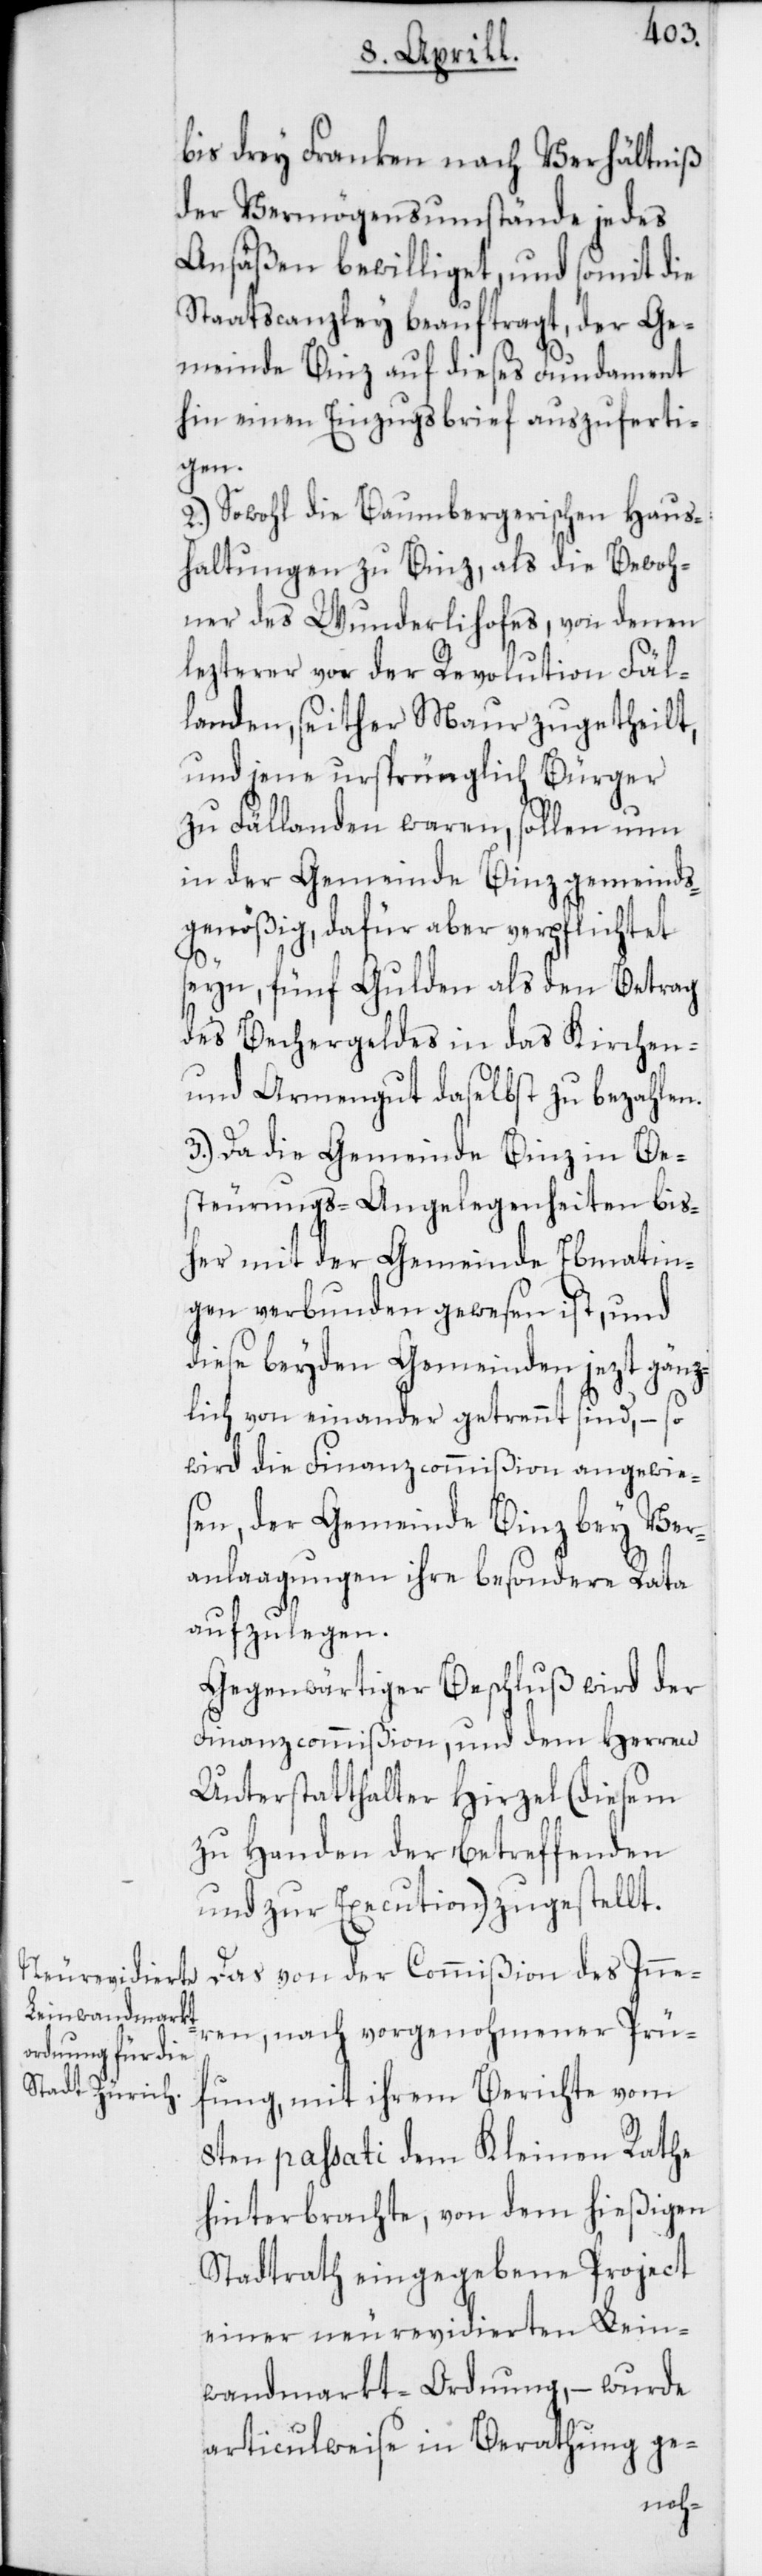
bis drey Franken nach Verhältniß
der Vermögensumstände jedes
Ansässen bewilliget, und somit die
Staastscanzley beauftragt, der Ge¬
meinde Binz auf dieses Fundament
hin einen Einzugsbrief auszuferti¬
gen.
2.) Sowohl die Baumbergerischen Haus¬
haltungen zu Binz, als die Bewoh¬
ner des Wunderlihofes, von denen
lezterer vor der Revolution Fäl¬
landen, seither Maur zugetheilt,
und jene ursprünglich Bürger
zu Fällanden waren, sollen nun
in der Gemeinde Binz gemeinds¬
genößig, dafür aber verpflichtet
seyn, fünf Gulden als den Betrag
des Bechergeldes in das Kirchen-
und Armengut daselbst zu bezahlen.
3.) Da die Gemeinde Binz in Be¬
steurungs-Angelegenheiten bis¬
her mit der Gemeinde Ebmatin¬
gen verbunden gewesen ist, und
diese beyden Gemeinden jezt gänz¬
lich von einander getrennt sind, – so
wird die Finanzcommißion angewie¬
sen, der Gemeinde Binz bey Ver¬
anlagungen ihre besondere Rata
aufzulegen.
Gegenwärtiger Beschluß wird der
Finanzcommißion, und dem Herren
Unterstatthalter Hirzel (diesem
zu Handen der betreffenden
und zur Execution) zugestellt.
Das von der Commißion des Inne¬
ren, nach vorgenohmener Prü¬
fung mit ihrem Berichte vom
8ten passati dem Kleinen Rathe
hinterbrachte, von dem hießigen
Stadtrath eingegebene Project
einer neu revidierten Lein¬
wand-Marktordnung, – wurde
articulweise in Berathung ge-